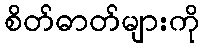
စိတ်ဓာတ်များကို